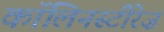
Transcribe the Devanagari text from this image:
कॉलिनस्टीरेज़